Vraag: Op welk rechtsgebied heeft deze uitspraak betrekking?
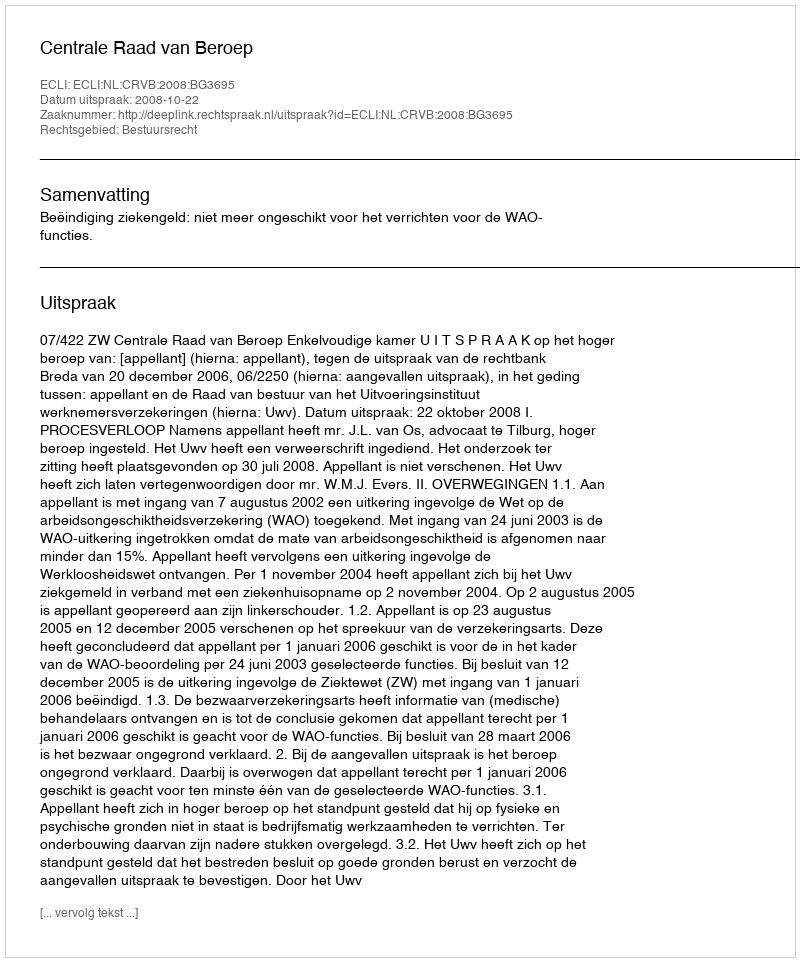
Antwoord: Bestuursrecht